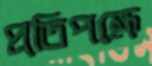
প্রতিপক্ষে